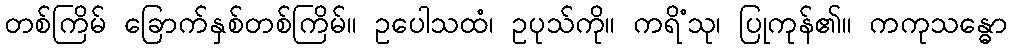
တစ်ကြိမ် ခြောက်နှစ်တစ်ကြိမ်။ ဥပေါသထံ၊ ဥပုသ်ကို။ ကရိံသု၊ ပြုကုန်၏။ ကကုသန္ဓော